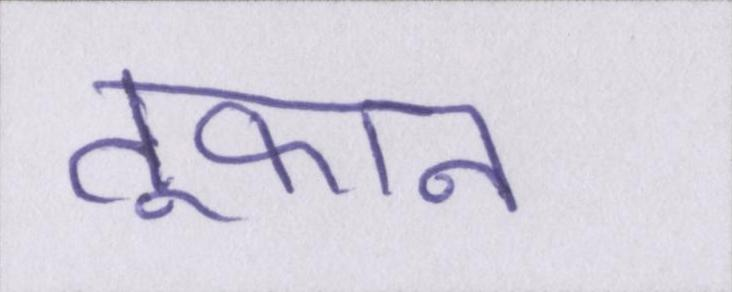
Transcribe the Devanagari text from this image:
तूफान